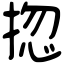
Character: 㧾